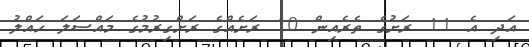
އަދި އެ 11 ރަށުގެ ތެރެއިން 10 ރަށެއްގެ ރަށްގިރުމުގެ މައްސަލަ ހައްލު